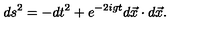
d s ^ { 2 } = - d t ^ { 2 } + e ^ { - 2 i g t } d \vec { x } \cdot d \vec { x } .